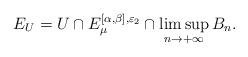
LaTeX: \begin{align*}E_{U}= U\cap E_{\mu}^{[\alpha,\beta],\varepsilon_2} \cap \limsup_{n\to +\infty }B_n.\end{align*}